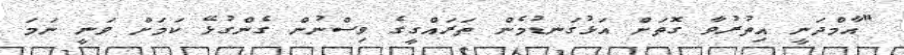
"އާމްދަނީ އިތުރުވާ ގޮތަށް އަޅުގަނޑުމެން ތަރައްގީގެ ވިސްނުން ގެންގުޅޭ ކަމަށް ވަނީ ނަމަ